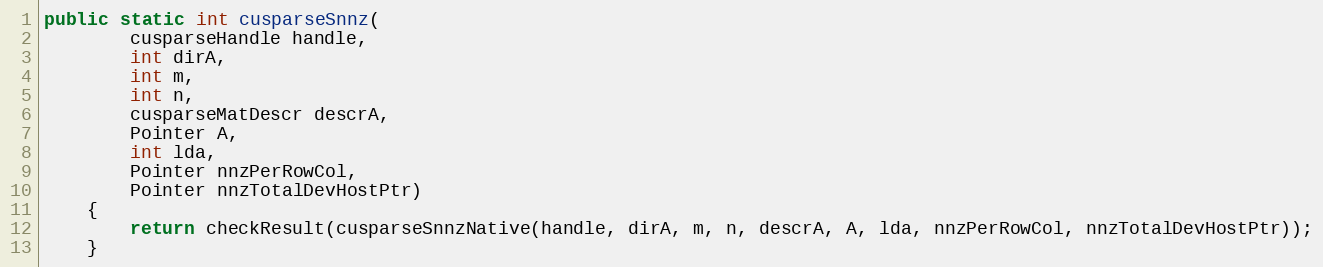
Language: Java
public static int cusparseSnnz(
        cusparseHandle handle,
        int dirA,
        int m,
        int n,
        cusparseMatDescr descrA,
        Pointer A,
        int lda,
        Pointer nnzPerRowCol,
        Pointer nnzTotalDevHostPtr)
    {
        return checkResult(cusparseSnnzNative(handle, dirA, m, n, descrA, A, lda, nnzPerRowCol, nnzTotalDevHostPtr));
    }